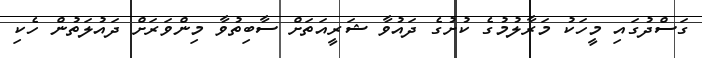
ގަސްދުގައި މީހަކު މަރާލުމުގެ ކުށުގެ ދައުވާ ޝަރީއަތަށް ސާބިތުވާ މިންވަރަށް ދައުލަތުން ހެކި